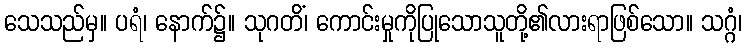
သေသည်မှ။ ပရံ၊ နောက်၌။ သုဂတိံ၊ ကောင်းမှုကိုပြုသောသူတို့၏လားရာဖြစ်သော။ သဂ္ဂံ၊